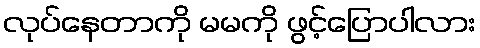
လုပ်နေတာကို မမကို ဖွင့်ပြောပါလား